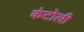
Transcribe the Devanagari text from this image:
कंटोली